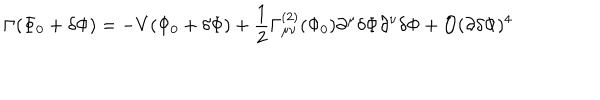
\Gamma ( \Phi _ { 0 } + \delta \Phi ) = - V ( \Phi _ { 0 } + \delta \Phi ) + \frac { 1 } { 2 } \Gamma _ { \mu \nu } ^ { ( 2 ) } ( \Phi _ { 0 } ) \partial ^ { \mu } \delta \Phi \partial ^ { \nu } \delta \Phi + { \cal O } ( \partial \delta \Phi ) ^ { 4 }